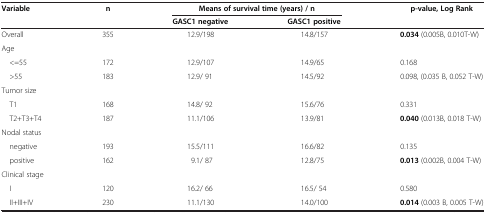
| Variable | n | <COLSPAN=2> Means of survival time (years) / n | p-value, Log Rank |
 |  |  | GASC1 negative | GASC1 positive |  |
 | --- | --- | --- | --- | --- |
 | Overall | 355 | 12.9/198 | 14.8/157 | 0.034 (0.005B, 0.010T-W) |
 | Age |  |  |  |  |
 | <=55 | 172 | 12.9/107 | 14.9/65 | 0.168 |
 | >55 | 183 | 12.9/ 91 | 14.5/92 | 0.098, (0.035 B, 0.052 T-W) |
 | Tumor size |  |  |  |  |
 | T1 | 168 | 14.8/ 92 | 15.6/76 | 0.331 |
 | T2+T3+T4 | 187 | 11.1/106 | 13.9/81 | 0.040 (0.013B, 0.018 T-W) |
 | Nodal status |  |  |  |  |
 | negative | 193 | 15.5/111 | 16.6/82 | 0.135 |
 | positive | 162 | 9.1/ 87 | 12.8/75 | 0.013 (0.002B, 0.004 T-W) |
 | Clinical stage |  |  |  |  |
 | I | 120 | 16.2/ 66 | 16.5/ 54 | 0.580 |
 | II+III+IV | 230 | 11.1/130 | 14.0/100 | 0.014 (0.003 B, 0.005 T-W) |